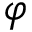
\varphi